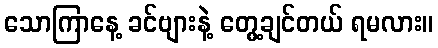
သောကြာနေ့ ခင်ဗျားနဲ့ တွေ့ချင်တယ် ရမလား။